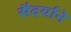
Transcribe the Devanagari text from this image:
सैदर्याने